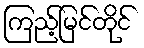
ကြည့်မြင်တိုင်